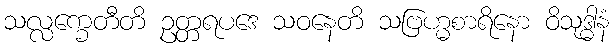
သလ္လက္ခေတီတိ ဥတ္တရပဒေ သဝနေတိ သဗြဟ္မစာရိနော ဝိသုဒ္ဓါနံ